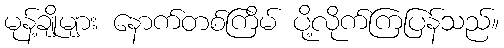
မုန့်ချိုများ နောက်တစ်ကြိမ် ပို့လိုက်ကြပြန်သည်။